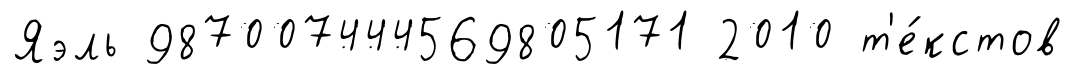
Яэль 987007444569805171 2010 т'е́кстов